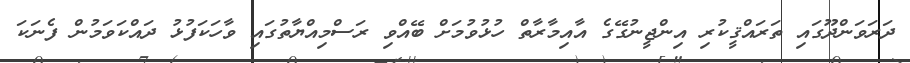
ދަރަވަންދޫގައި ތަރައްޤީކުރި އިންޖީނުގޭގެ އާއިމާރާތް ހުޅުވުމަށް ބޭއްވި ރަސްމިއްޔާތުގައި ވާހަކަފުޅު ދައްކަވަމުން ފެނަކަ